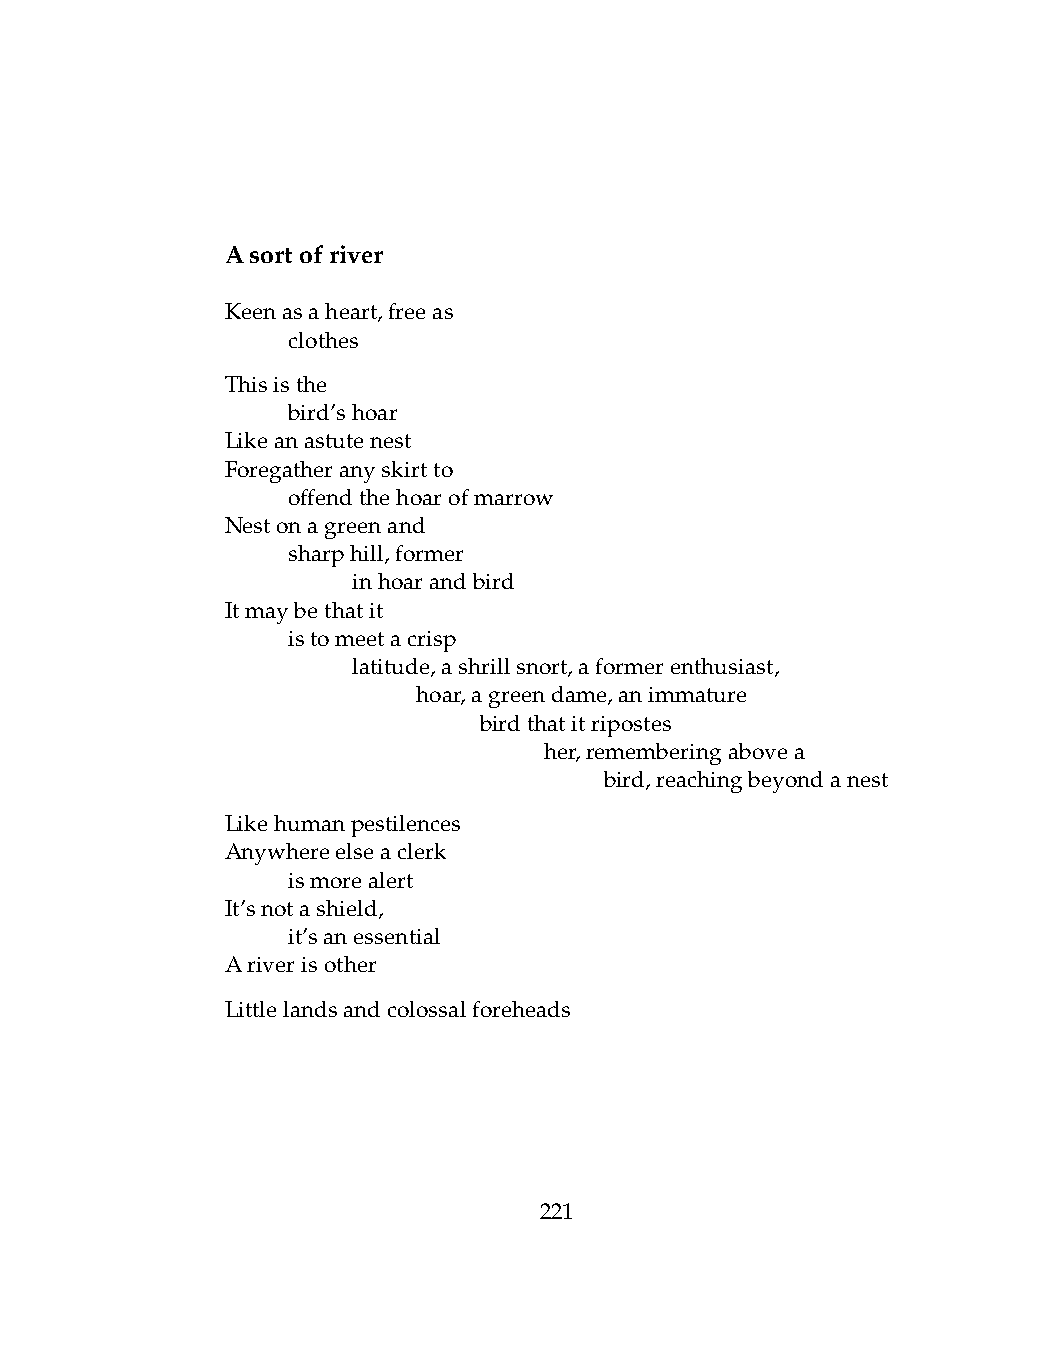
Asortofriver
 Keenasaheart,freeas
 .   clothes
 Thisisthe
 .   bird’shoar
 Likeanastutenest
 Foregatheranyskirtto
 .   offendthehoarofmarrow
 Nestonagreenand
 .   sharphill,former
 .   .   inhoarandbird
 Itmaybethatit
 .   istomeetacrisp
 .   .   latitude,ashrillsnort,aformerenthusiast,
 .   .   .    hoar,agreendame,animmature
 .   .   .    .   birdthatitripostes
 .   .   .    .   .   her,rememberingabovea
 .   .   .   .    .   .   bird,reachingbeyondanest
 Likehumanpestilences
 Anywhereelseaclerk
 .   ismorealert
 It’snotashield,
 .   it’sanessential
 Ariverisother
 Littlelandsandcolossalforeheads
 221